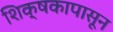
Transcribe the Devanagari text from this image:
शिक्षकापासून